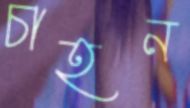
চাহন